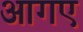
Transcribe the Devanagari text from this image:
आगए